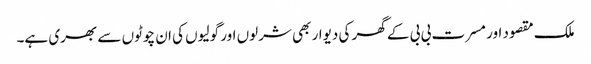
ملک مقصود اور مسرت بی بی کے گھر کی دیوار بھی شرلوں اور گولیوں کی ان چوٹوں سے بھری ہے۔